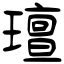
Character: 璮